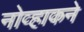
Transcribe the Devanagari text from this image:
नोव्हाकने